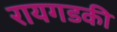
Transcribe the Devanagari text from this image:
रायगडकी